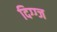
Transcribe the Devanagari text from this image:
दिग्ग्ज